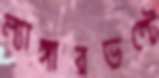
ল্যাঙ্গারভল্টে